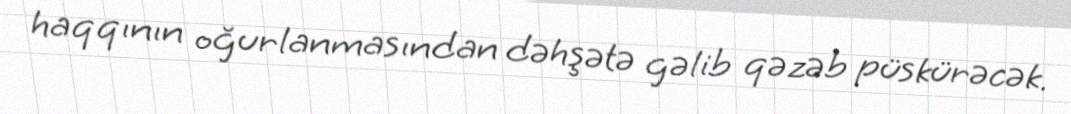
haqqının oğurlanmasından dəhşətə gəlib qəzəb püskürəcək.